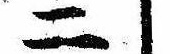
二